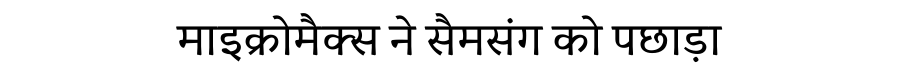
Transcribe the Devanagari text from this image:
माइक्रोमैक्स ने सैमसंग को पछाड़ा